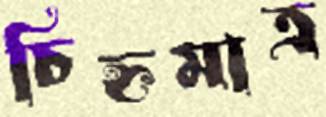
চিহ্নমাত্র